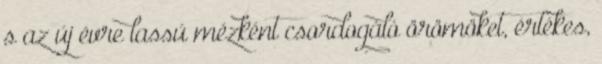
s az új évre lassú mézként csordogáló örömöket, értékes,